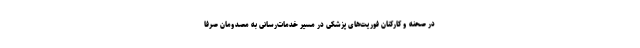
در صحنه و کارکنان فوریت‌های پزشکی در مسیر خدمات‌رسانی به مصدومان صرفا